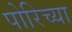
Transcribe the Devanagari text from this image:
पोरिच्या